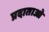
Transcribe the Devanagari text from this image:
प्रदाताओ